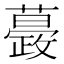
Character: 𧁎